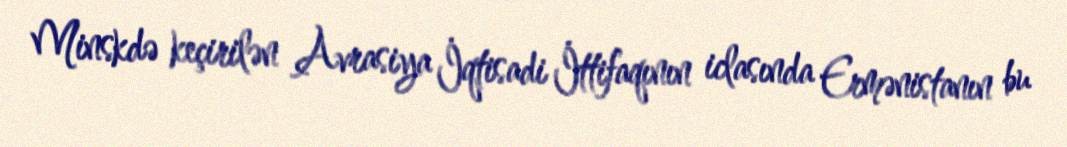
Minskdə keçirilən Avrasiya İqtisadi İttifaqının iclasında Ermənistanın bu